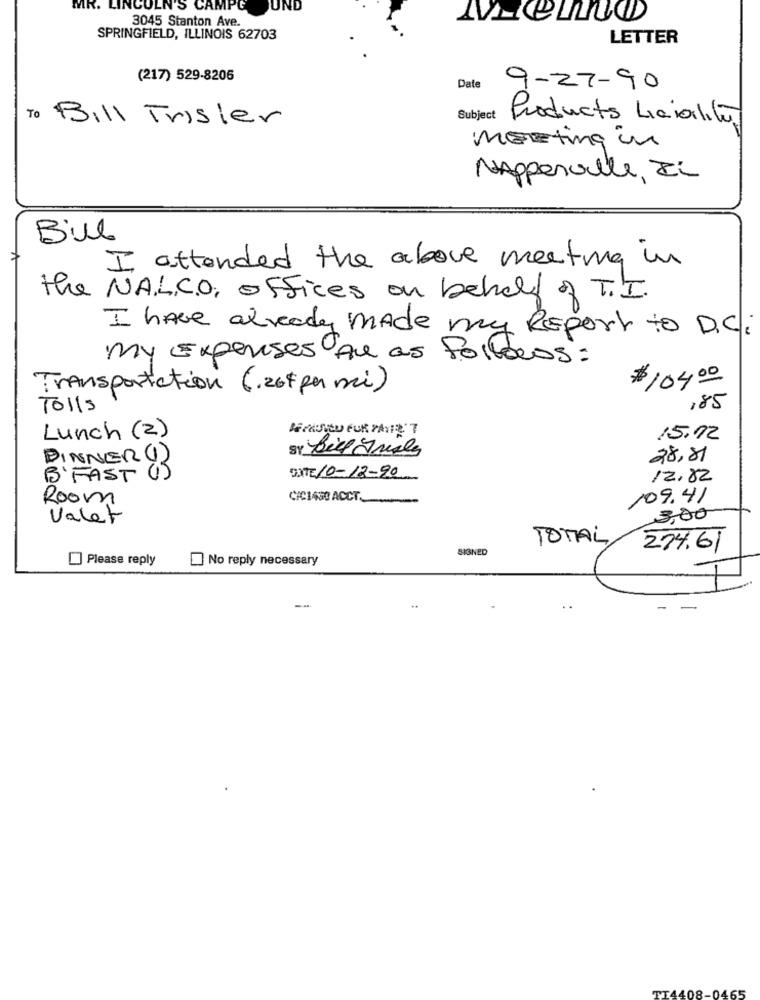
MR. LINCOLN'S CAMPG
UND
3045 Stanton Ave.
SPRINGFIELD, ILLINOIS 62703
LETTER
(217) 529-8206
Date
9-27-90
To Bill Trisler
Subject
Products Laibility
METting in
NAppenville, zi
Bill
I attended the above meeting in
the NAL, CO, offices on behalf of T.I.
I have already made my Report to D.C.
my Expenses Are as Follows:
Transportation (.20+ per mi)
$104.00
Tolls
185
Lunch (2)
15.12
28,81
DINNER 4)
DXTE10-12-20
B'FAST
12.82
Room
CAC1480 ACCT ._
109.41
Valet
3,00
TOTAL,
SIGNED
274.61
Please reply
No reply necessary
--
TT4408-0465